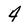
Character: 4